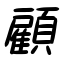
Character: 顧